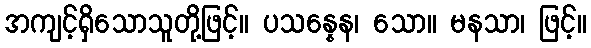
အကျင့်ရှိသောသူတို့ဖြင့်။ ပသန္နေန၊ သော။ မနသာ၊ ဖြင့်။